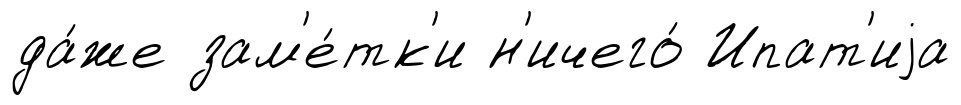
да́же зам'е́тк'и н'ичего́ Ипат'иjа